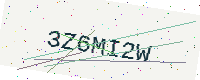
Text: 3Z6MI2W